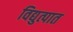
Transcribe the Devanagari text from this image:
विद्युत्पात